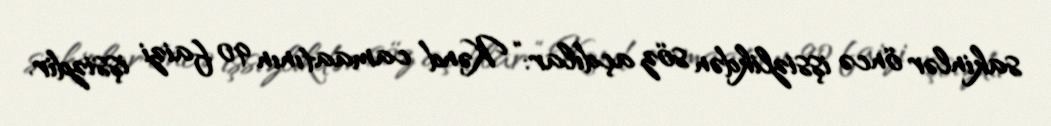
sakinlər öncə işsizlikdən söz açdılar: “Kənd camaatının 90 faizi işsizdir.